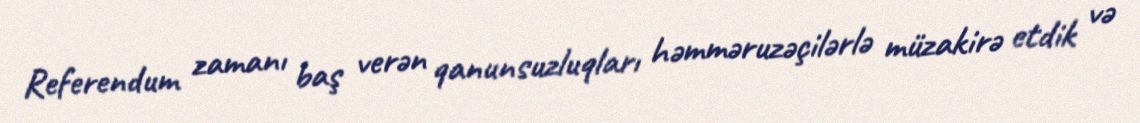
Referendum zamanı baş verən qanunsuzluqları həmməruzəçilərlə müzakirə etdik və